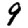
Digit: 9